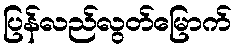
ပြန်လည်လွတ်မြောက်